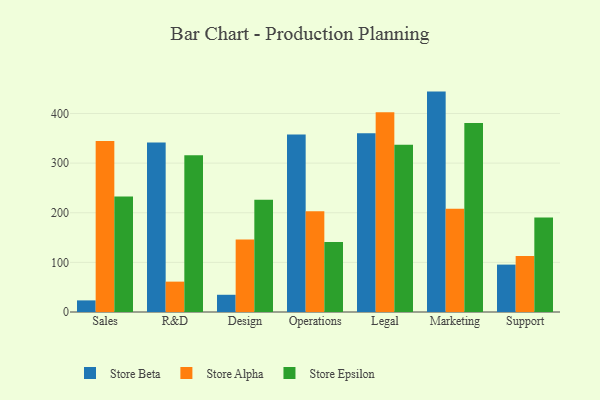
{"axis": {"x": "Department", "y": "Net Income (USD K)"}, "legend": ["Store Alpha", "Store Beta", "Store Epsilon"], "data": [{"x": "Sales", "y": 23.4, "type": "Store Beta"}, {"x": "Sales", "y": 344.4, "type": "Store Alpha"}, {"x": "Sales", "y": 232.7, "type": "Store Epsilon"}, {"x": "R&D", "y": 341.6, "type": "Store Beta"}, {"x": "R&D", "y": 61.2, "type": "Store Alpha"}, {"x": "R&D", "y": 316.0, "type": "Store Epsilon"}, {"x": "Design", "y": 34.7, "type": "Store Beta"}, {"x": "Design", "y": 146.0, "type": "Store Alpha"}, {"x": "Design", "y": 226.2, "type": "Store Epsilon"}, {"x": "Operations", "y": 357.8, "type": "Store Beta"}, {"x": "Operations", "y": 203.0, "type": "Store Alpha"}, {"x": "Operations", "y": 140.8, "type": "Store Epsilon"}, {"x": "Legal", "y": 360.1, "type": "Store Beta"}, {"x": "Legal", "y": 402.3, "type": "Store Alpha"}, {"x": "Legal", "y": 337.1, "type": "Store Epsilon"}, {"x": "Marketing", "y": 444.1, "type": "Store Beta"}, {"x": "Marketing", "y": 208.2, "type": "Store Alpha"}, {"x": "Marketing", "y": 380.9, "type": "Store Epsilon"}, {"x": "Support", "y": 95.5, "type": "Store Beta"}, {"x": "Support", "y": 112.8, "type": "Store Alpha"}, {"x": "Support", "y": 190.2, "type": "Store Epsilon"}]}